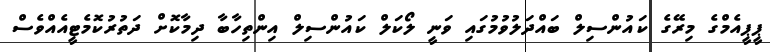
ޕީޕީއެމްގެ މިރޭގެ ކައުންސިލް ބައްދަލުވުމުގައި ވަނީ ލޯކަލް ކައުންސިލް އިންތިހާބާ ދިމާކޮށް ދަތުރުކޮމެޓީއެއްވެސް